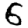
Digit: 6